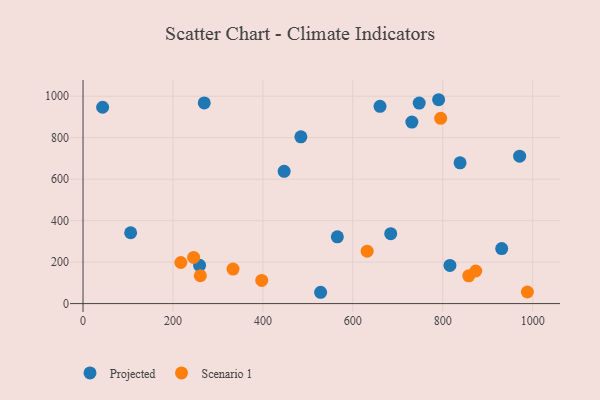
{"axis": {"x": "Study Hours", "y": "Rating"}, "legend": ["Projected", "Scenario 1"], "data": [{"x": "565.6", "y": 322.2, "type": "Projected"}, {"x": "790.8", "y": 983.1, "type": "Projected"}, {"x": "684.3", "y": 337.1, "type": "Projected"}, {"x": "43.6", "y": 946.8, "type": "Projected"}, {"x": "971.0", "y": 710.8, "type": "Projected"}, {"x": "259.2", "y": 184.4, "type": "Projected"}, {"x": "269.6", "y": 967.9, "type": "Projected"}, {"x": "660.5", "y": 951.3, "type": "Projected"}, {"x": "528.4", "y": 54.6, "type": "Projected"}, {"x": "447.3", "y": 638.0, "type": "Projected"}, {"x": "816.0", "y": 184.1, "type": "Projected"}, {"x": "931.1", "y": 265.3, "type": "Projected"}, {"x": "731.3", "y": 875.2, "type": "Projected"}, {"x": "105.9", "y": 341.6, "type": "Projected"}, {"x": "484.5", "y": 804.1, "type": "Projected"}, {"x": "747.6", "y": 966.9, "type": "Projected"}, {"x": "838.5", "y": 678.7, "type": "Projected"}, {"x": "857.8", "y": 134.1, "type": "Scenario 1"}, {"x": "333.6", "y": 166.4, "type": "Scenario 1"}, {"x": "988.2", "y": 56.0, "type": "Scenario 1"}, {"x": "217.5", "y": 198.2, "type": "Scenario 1"}, {"x": "397.4", "y": 111.6, "type": "Scenario 1"}, {"x": "246.0", "y": 222.8, "type": "Scenario 1"}, {"x": "873.4", "y": 157.3, "type": "Scenario 1"}, {"x": "795.4", "y": 893.4, "type": "Scenario 1"}, {"x": "260.9", "y": 134.8, "type": "Scenario 1"}, {"x": "631.9", "y": 252.8, "type": "Scenario 1"}]}